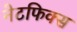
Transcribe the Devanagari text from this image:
नेटफिक्स